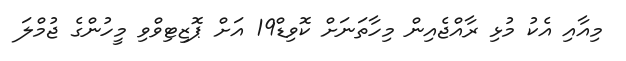
މިއާއި އެކު މުޅި ރާއްޖެއިން މިހާތަނަށް ކޮވިޑް19 އަށް ޕޮޒިޓިވްވި މީހުންގެ ޖުމްލަ